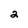
Character: 2